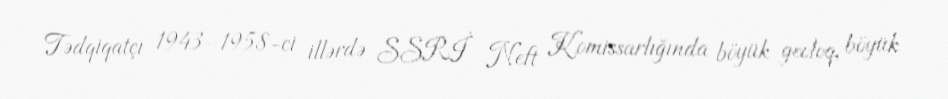
Tədqiqatçı 1943–1958-ci illərdə SSRİ Neft Komissarlığında böyük geoloq, böyük